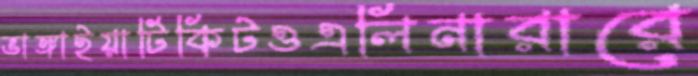
ভাঙ্গাইয়াটিকিটওএলিনারারে